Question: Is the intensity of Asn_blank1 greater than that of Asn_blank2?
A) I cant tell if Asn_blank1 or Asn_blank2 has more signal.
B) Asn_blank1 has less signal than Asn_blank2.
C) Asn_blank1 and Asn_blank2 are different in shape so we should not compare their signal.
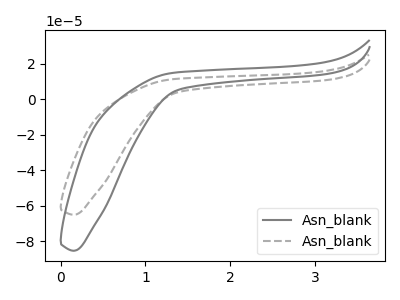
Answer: <think>The gray curve "Asn_blank1" has no peaks. The gray dashed curve "Asn_blank2" has no peaks.
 Neither "Asn_blank1" or "Asn_blank2" have any peaks.</think>
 <answer>A) I cant tell if "Asn_blank1" or "Asn_blank2" has more signal.</answer>
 <eval>A</eval>